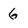
Character: 6